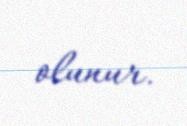
olunur.